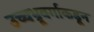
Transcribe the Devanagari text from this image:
उच्चभ्रूवर्गाकडून